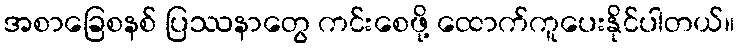
အစာခြေစနစ် ပြဿနာတွေ ကင်းစေဖို့ ထောက်ကူပေးနိုင်ပါတယ်။